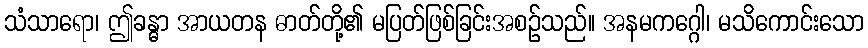
သံသာရော၊ ဤခန္ဓာ အာယတန ဓာတ်တို့၏ မပြတ်ဖြစ်ခြင်းအစဉ်သည်။ အနမကဂ္ဂေါ၊ မသိကောင်းသော